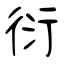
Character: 衍